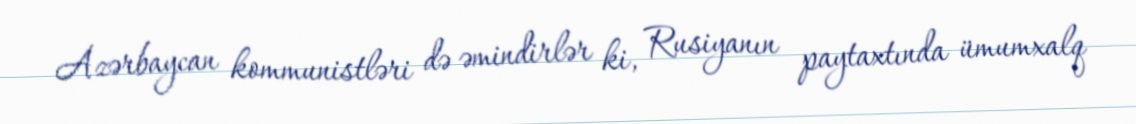
Azərbaycan kommunistləri də əmindirlər ki, Rusiyanın paytaxtında ümumxalq